Insane asylums Bombay 1873-77 - 1873-1877
Year: 1873
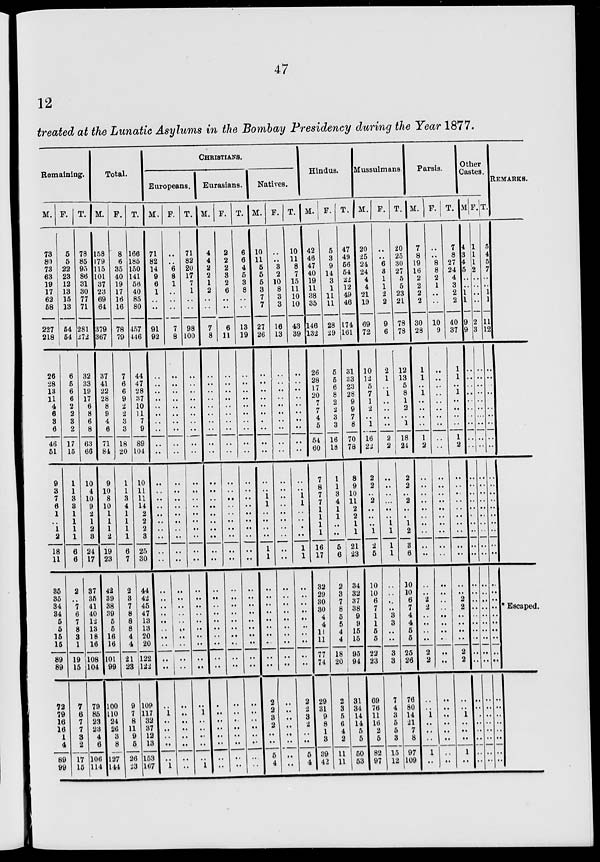
47
12
treated at the Lunatic Asylums in the Bombay Presidency during the Year 1877.
Remaining.
M.
73
80
73
63
19
17
62
58
227
218
26
28
13
11
4
6
3
6
46
51
9
3
7
6
1
..
1 2
18
11
35
35
34
34
5
5
15
15
89
89
72
79
16
16
1
4
89
99
F.
5
5
22
23
12
13
15
13
54
54
6
5
6
6
2
2
3
2
17
15
1
1
3
3
1 1
1
1
6
6
2
..
7
6
7
8
3
1
19
15
7
6
7
7
3
2
17
15
T.
78
85
95
86
31
30
77
71
281
272
32
33
19
17
6
8
6
8
63
66
10
4
10
9
2
1
2
3
24
17
37
35
41
40
12
13
18
16
108
104
79
85
23
23
4
6
106
114
Total.
M.
158
179
115
101
37
23
69
64
379
367
37
41
22
28
8
9
4
6
71
84
9
10
8
10
1
1
1
2
19
23
42
39
38
39
5
5
16
16
101
99
100
110
24
26
3
8
127
144
F.
8
6
35
40
19
17
16
16
78
79
7
6
6
9
2
2
3
3
18
20
1
1
3
4
1
1
1
1
6
7
2
3
7
8
8
8
4
4
21
23
9
7
8
11
9
5
26
23
T.
166
185
150
141
56
40
85
80
457
446
44
47
28
37
10
11
7
9
89
104
10
11
11
14
2
2
2
3
25
30
44
42
45
47
13
13
20
20
122
122
109
117
32
37
12
13
153
167
CHRISTIANS.
Europeans.
M.
71
82
14
9
6
1
..
..
91
92
..
..
..
..
..
..
..
..
..
..
..
..
..
..
..
..
..
..
..
..
..
..
..
..
..
..
..
..
..
..
..
1
..
..
..
..
..
1
F.
..
..
6
8
1
..
..
..
7
8
..
..
..
..
..
..
..
..
..
..
..
..
..
..
..
..
..
..
..
..
..
..
..
..
..
..
..
..
..
..
..
..
..
..
..
..
..
..
T.
71
82
20
17
7
1
..
..
98
100
..
..
..
..
..
..
..
..
..
..
..
..
..
..
..
..
..
..
..
..
..
..
..
..
..
..
..
..
..
..
..
1
..
..
..
..
..
1
Eurasians.
M.
4
4
2
2
1
2
..
..
7
8
..
..
..
..
..
..
..
..
..
..
..
..
..
..
..
..
..
..
..
..
..
..
..
..
..
..
..
..
..
..
..
..
..
..
..
..
..
..
F.
2
2
2
3
2
6
..
..
6
11
..
..
..
..
..
..
..
..
..
..
..
..
..
..
..
..
..
..
..
..
..
..
..
..
..
..
..
..
..
..
..
..
..
..
..
..
..
..
T.
6
6
4
5
3
8
..
..
13
19
..
..
..
..
..
..
..
..
..
..
..
..
..
..
..
..
..
..
..
..
..
..
..
..
..
..
..
..
..
..
..
..
..
..
..
..
..
..
Natives.
M.
10
11
5
5
5
3
7
7
27
26
..
..
..
..
..
..
..
..
..
..
..
..
1
1
..
..
..
..
1
1
..
..
..
..
..
..
..
..
..
..
2
2
3
2
..
..
5
4
F.
..
..
3
2
10
8
3
3
16
13
..
..
..
..
..
..
..
..
..
..
..
..
..
..
..
..
..
..
..
..
..
..
..
..
..
..
..
..
..
..
..
..
..
..
..
..
..
..
T.
10
11
8
7
15
11
10
10
43
39
..
..
..
..
..
..
..
..
..
..
..
..
1
1
..
..
..
..
1
1
..
..
..
..
..
..
..
..
..
..
2
2
3
2
..
..
5
4
Hindus.
M.
42
46
47
40
19
11
38
35
146
132
26
28
17
20
7
7
4
5
54
60
7
8
7
7
1
1
1
1
16
17
32
29
30
30
4
4
11
11
77
74
29
31
9
8
1
3
39
42
F.
5
3
9
14
3
1
11
11
28
29
5
5
6
8
2
2
3
3
16
18
1
1
3
4
1
1
..
..
5
6
2
3
7
8
5
5
4
4
18
20
2
3
5
6
4
2
11
11
T.
47
49
56
54
22
12
49
46
174
161
31
33
23
28
9
9
7
8
70
78
8
9
10
11
2
2
1
1
21
23
34
32
37
38
9
9
15
15
95
94
31
34
14
14
5
5
50
53
Mussulmans.
M.
20
25
24
24
4
4
21
19
69
72
10
12
5
7
1
2
..
1
16
22
2
2
..
2
..
..
..
1
2
5
10
10
6
7
1
1
5
5
22
23
69
76
11
16
2
5
82
97
F.
..
..
6
3
1
1
2
2
9
6
2
1
..
1
..
..
..
..
2
2
..
..
..
...
..
..
1
1
1
1
..
..
..
..
3
3
..
..
3
3
7
4
3
5
5
3
15
12
T.
20
25
30
27
5
5
23
21
78
78
12
13
5
8
1
2
..
1
18
24
2
2
..
2
..
..
1
2
3
6
10
10
6
7
4
4
5
5
25
26
76
80
14
21
7
8
97
109
Parsis.
M.
7
8
19
16
2
2
2
2
30
28
1
1
..
1
..
..
..
..
1
2
..
..
..
..
..
..
..
..
..
..
..
..
2
2
..
..
..
..
2
2
..
..
1
..
..
..
1
..
F.
..
..
8
8
2
1
..
..
10
9
..
..
..
..
..
..
..
..
..
..
..
..
..
..
..
..
..
..
..
..
..
..
..
..
..
..
..
..
..
..
..
..
..
..
..
..
..
..
T.
7
8
27
24
4
3
2
2
40
37
1
1
..
1
..
..
..
..
1
2
..
..
..
..
..
..
..
..
..
..
..
..
2
2
..
..
..
..
2
2
..
..
1
..
..
..
1
..
Other
Castes.
M.
4
3
4
5
..
..
1
1
9
9
..
..
..
..
..
..
..
..
..
..
..
..
..
..
..
..
..
..
..
..
..
..
..
..
..
..
..
..
..
..
..
..
..
..
..
..
..
..
F.
1
1
1
2
..
..
..
..
2
3
..
..
..
..
..
..
..
..
..
..
..
..
..
..
..
..
..
..
..
..
..
..
..
..
..
..
..
..
..
..
..
..
..
..
..
..
..
..
T.
5
4
5
7
..
..
1
1
11
12
..
..
..
..
..
..
..
..
..
..
..
..
..
..
..
..
..
..
..
..
..
..
..
..
..
..
..
..
..
..
..
..
..
..
..
..
..
..
REMARKS.
* Escaped.